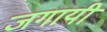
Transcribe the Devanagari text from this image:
जगायी